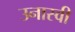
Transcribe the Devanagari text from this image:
उनास्वी